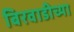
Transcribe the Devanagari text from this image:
बिरवाडीच्या